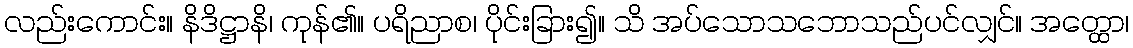
လည်းကောင်း။ နိဒိဋ္ဌာနိ၊ ကုန်၏။ ပရိညာစ၊ ပိုင်းခြား၍။ သိ အပ်သောသဘောသည်ပင်လျှင်။ အတ္ထော၊